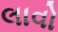
લાવો